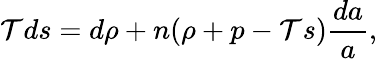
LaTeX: \mathcal{T}ds=d\rho+n(\rho+p-\mathcal{T}s){\frac{{da}}{{a}}},